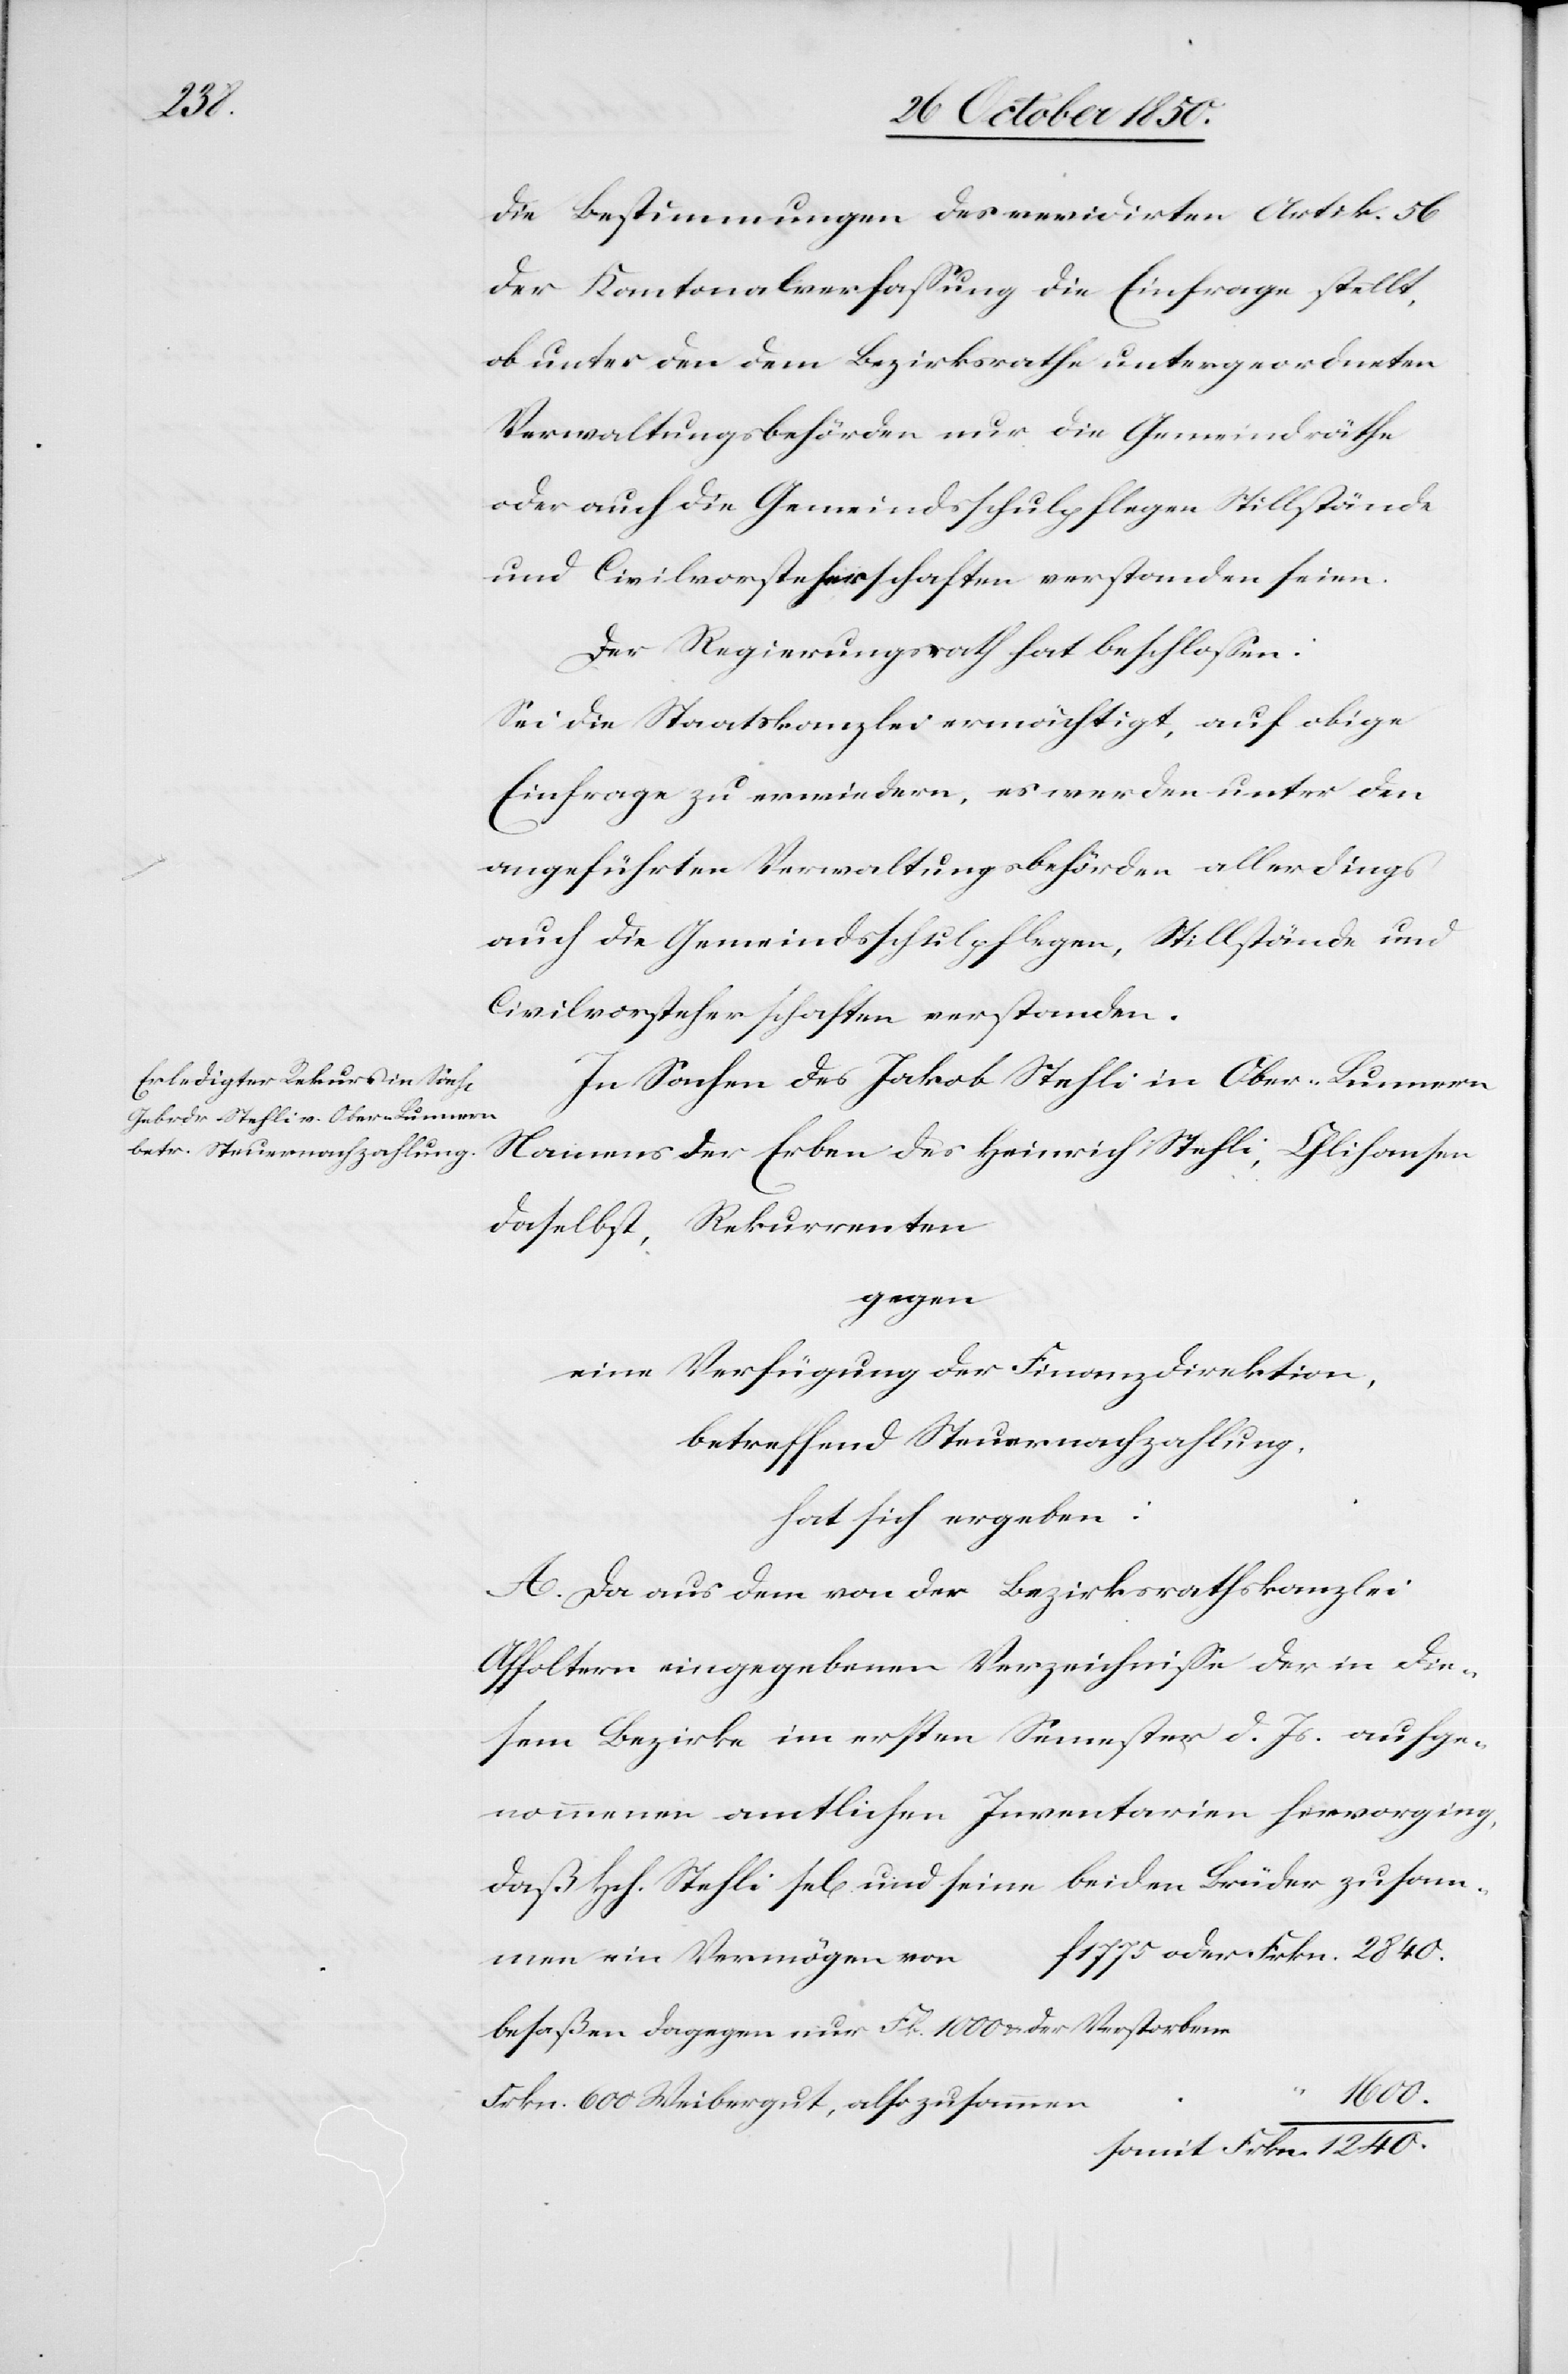
2840.

die Bestimmungen des revidirten Artik. 56
der Kantonalverfassung die Einfrage stellt,
ob unter den dem Bezirksrathe untergeordneten
Verwaltungsbehörden nur die Gemeindräthe
oder auch die Gemeindsschulpflegen[,] Stillstände
und Civilvorsteherschaften verstanden seien.
Der Regierungsrath hat beschlossen:
Sei die Staatskanzlei ermächtigt, auf obige
Einfrage zu erwiedern, es werden unter den
angeführten Verwaltungsbehörden allerdings
auch die Gemeindsschulpflegen, Stillstände und
Civilvorsteherschaften verstanden.
In Sachen des Jakob Stehli in Ober-Lunnern
Namens der Erben des Heinrich Stehli, Glihansen
daselbst, Rekurrenten
gegen
eine Verfügung der Finanzdirektion,
betreffend Steuernachzahlung,
hat sich ergeben:
A. Da aus dem von der Bezirksrathskanzlei
Affoltern eingegebenen Verzeichnisse der in die¬
sem Bezirke im ersten Semester d. Js. aufge¬
nommenen amtlichen Inventarien hervorging,
daß Hch. Stehli se[lig] und seine beiden Brüder zusamm¬
en ein Vermögen von
besaßen dagegen nur Fk. 1000 u. der Verstorbene
1600.
Frkn. 600 Weibergut, also zusamme¬
somit	Frkn. 1240.